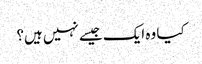
کیا وہ ایک جیسے نہیں ہیں؟